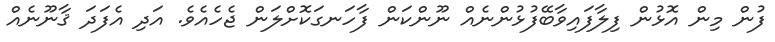
ފުން މިން އޮޅުން ފިލާފައިވާބޭފުޅުންނެއް ނޫންކަން ފާހަނގަކޮށްލަން ޖެހެއެވެ. އަދި އެފަދަ ޤާނޫނެއް